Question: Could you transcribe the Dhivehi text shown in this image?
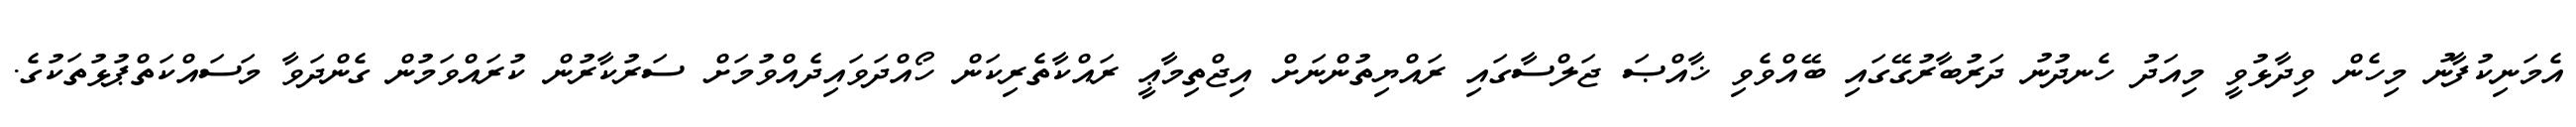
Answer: އެމަނިކުފާނު މިހެން ވިދާޅުވީ މިއަދު ހެނދުނު ދަރުބާރުގޭގައި ބޭއްވެވި ޚާއްޞަ ޖަލްސާގައި ރައްޔިތުންނަށް އިޖްތިމާޢީ ރައްކާތެރިކަން ހޯއްދަވައިދެއްވުމަށް ސަރުކާރުން ކުރައްވަމުން ގެންދަވާ މަސައްކަތްޕުޅުތަކުގެ.